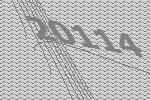
20114